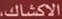
الاكشاك